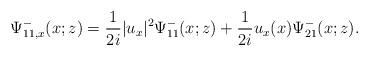
LaTeX: \begin{align*}\Psi^-_{11,x}(x;z)=\frac{1}{2 i}|u_x|^{2} \Psi^-_{11}(x;z)+\frac{1}{2 i} u_x(x) \Psi^-_{21}(x;z).\end{align*}